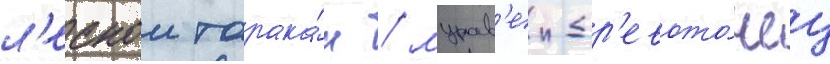
л'еснои тарака́н / мурав'еи-др'евото́чец